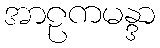
အာဠကမန္ဒာ